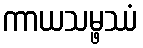
ကာယသမ္ဖဿံ